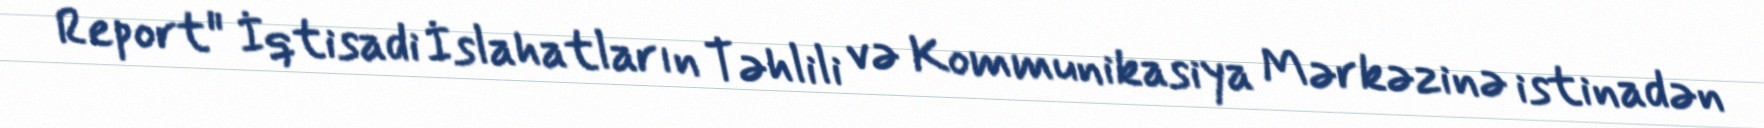
Report" İqtisadi İslahatların Təhlili və Kommunikasiya Mərkəzinə istinadən